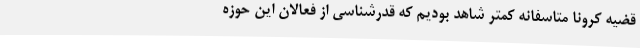
قضیه کرونا متاسفانه کمتر شاهد بودیم که قدرشناسی از فعالان این حوزه